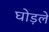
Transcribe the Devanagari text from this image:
घोड़ले